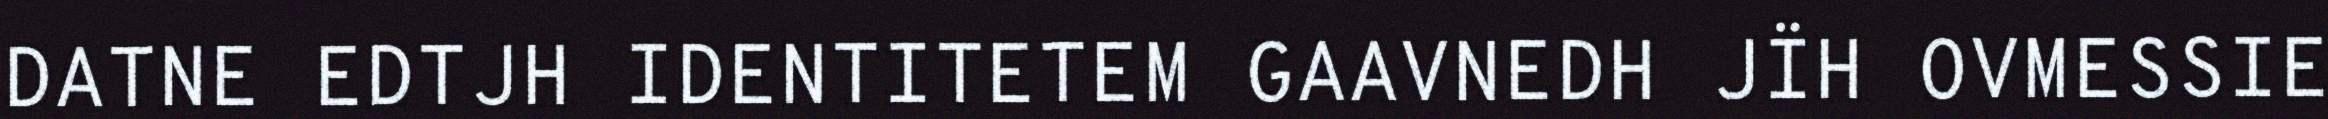
DATNE EDTJH IDENTITETEM GAAVNEDH JÏH OVMESSIE